Lunatic asylums Central Provinces reports 1910-1926 - 1910-1926
Year: 1910
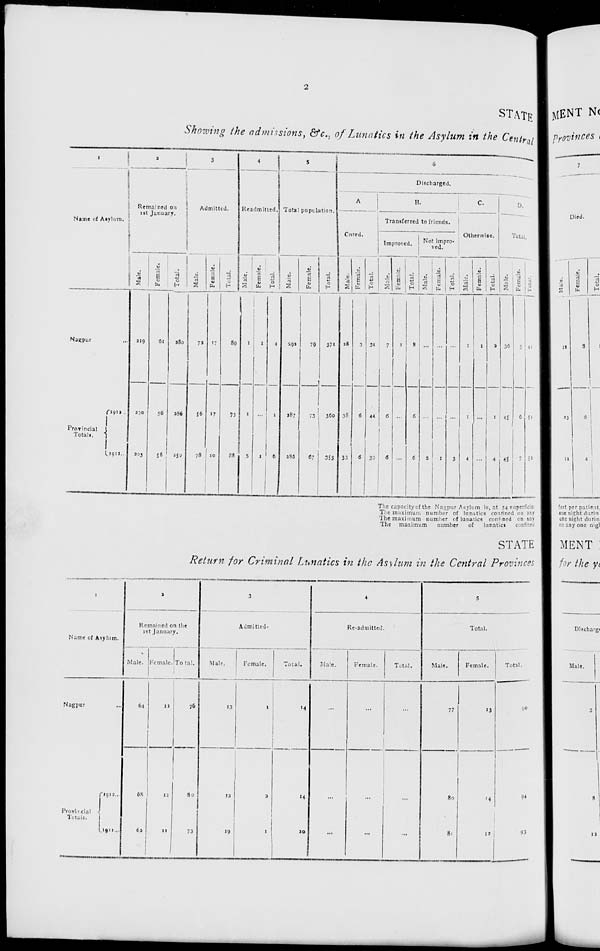
2
STATE
Showing the admissions, &c., of Lunatics in the Asylum in the Central
1
Name of Asylum.
Nagpur ...
Provincial
Totals.
1912 ...
1911 ...
2
Remained on
1st January.
Male.
219
230
203
Female.
61
56
56
Total.
280
286
259
3
Admitted.
Male.
72
56
78
Female.
17
17
10
Total.
89
73
88
4
Readmitted.
Male.
1
1
5
Female.
1
...
1
Total.
2
1
6
5
Total population.
Male.
292
287
285
Female.
79
13
67
Total.
371
300
353
6
Discharged.
A.
Cured.
Male.
28
38
33
Female.
3
6
6
Total.
31
44
39
B.
Transferred to friends.
Improved.
Male.
7
6
6
Female.
1
...
...
Total.
8
6
6
Not impro-
ved.
Male.
...
...
2
Female.
...
...
1
Total.
...
...
3
C.
Otherwise.
Male.
1
1
4
Female.
1
...
...
Total.
2
1
4
D.
Total.
Male.
36
45
45
Female.
7
6
7
Total.
43
51
52
The capacity of the Nagpur Asylum is, at 54 superficial
The maximum number of lunatics confined on any
The maximum number of lunatics confined on any
The maximum
number
of lunatics confined
STATE
Return for Criminal Lunatics in the Asylum in the Central Provinces
1
Name of Asylum.
Nagpur ...
Provincial
Totals.
1913 ...
1912 ...
2
Remained on the
1st January.
Male.
64
68
62
Female.
12
12
11
Total.
76
80
73
3
Admitted.
Male.
13
13
19
Female.
1
1
1
Total.
14
14
20
4
Re-admitted.
Male.
...
...
...
Female.
...
...
...
Total.
...
...
...
5
Total.
Male.
77
80
81
Female.
13
14
12
Total.
90
94
93